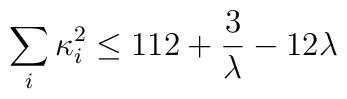
\sum_i \kappa_i^2 \leq 112 + {3\over \lambda} - 12\lambda